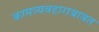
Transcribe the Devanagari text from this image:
कामव्यवहाराबाबत